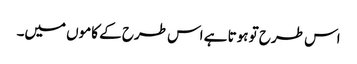
اس طرح تو ہوتا ہے اس طرح کے کاموں میں۔